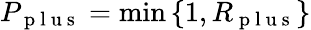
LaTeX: P_{\mathrm{~p~l~u~s~}}=\operatorname*{min}\left\{ 1,R_{\mathrm{~p~l~u~s~}}\right\}